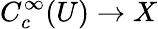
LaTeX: C_{c}^{\infty}(U)\to X